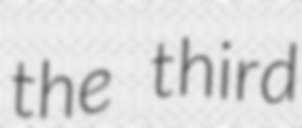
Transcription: the third